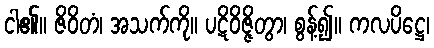
ငါ၏။ ဇိဝိတံ၊ အသက်ကို။ ပဋိဝိဇ္ဇိတွာ၊ စွန့်၍။ ကလပိဋ္ဌေ၊